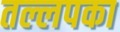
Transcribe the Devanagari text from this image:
तल्लपका